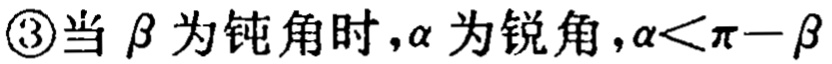
\textcircled{3}当 $\beta$ 为钝角时，$\alpha$ 为锐角，$\alpha<\pi - \beta$